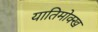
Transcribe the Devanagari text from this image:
यातिमोक्ख